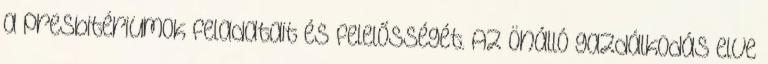
a presbitériumok feladatait és felelősségét. Az önálló gazdálkodás elve